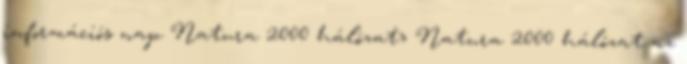
információs nap Natura 2000 hálózat» Natura 2000 hálózat az